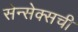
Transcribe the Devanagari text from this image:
सेन्सेक्सची